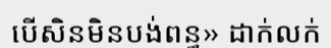
បើសិនមិនបង់ពន្ធ» ដាក់លក់